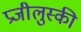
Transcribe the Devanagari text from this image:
प्रजीलुस्की